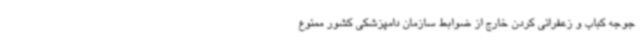
جوجه کباب و زعفرانی کردن خارج از ضوابط سازمان دامپزشکی کشور ممنوع